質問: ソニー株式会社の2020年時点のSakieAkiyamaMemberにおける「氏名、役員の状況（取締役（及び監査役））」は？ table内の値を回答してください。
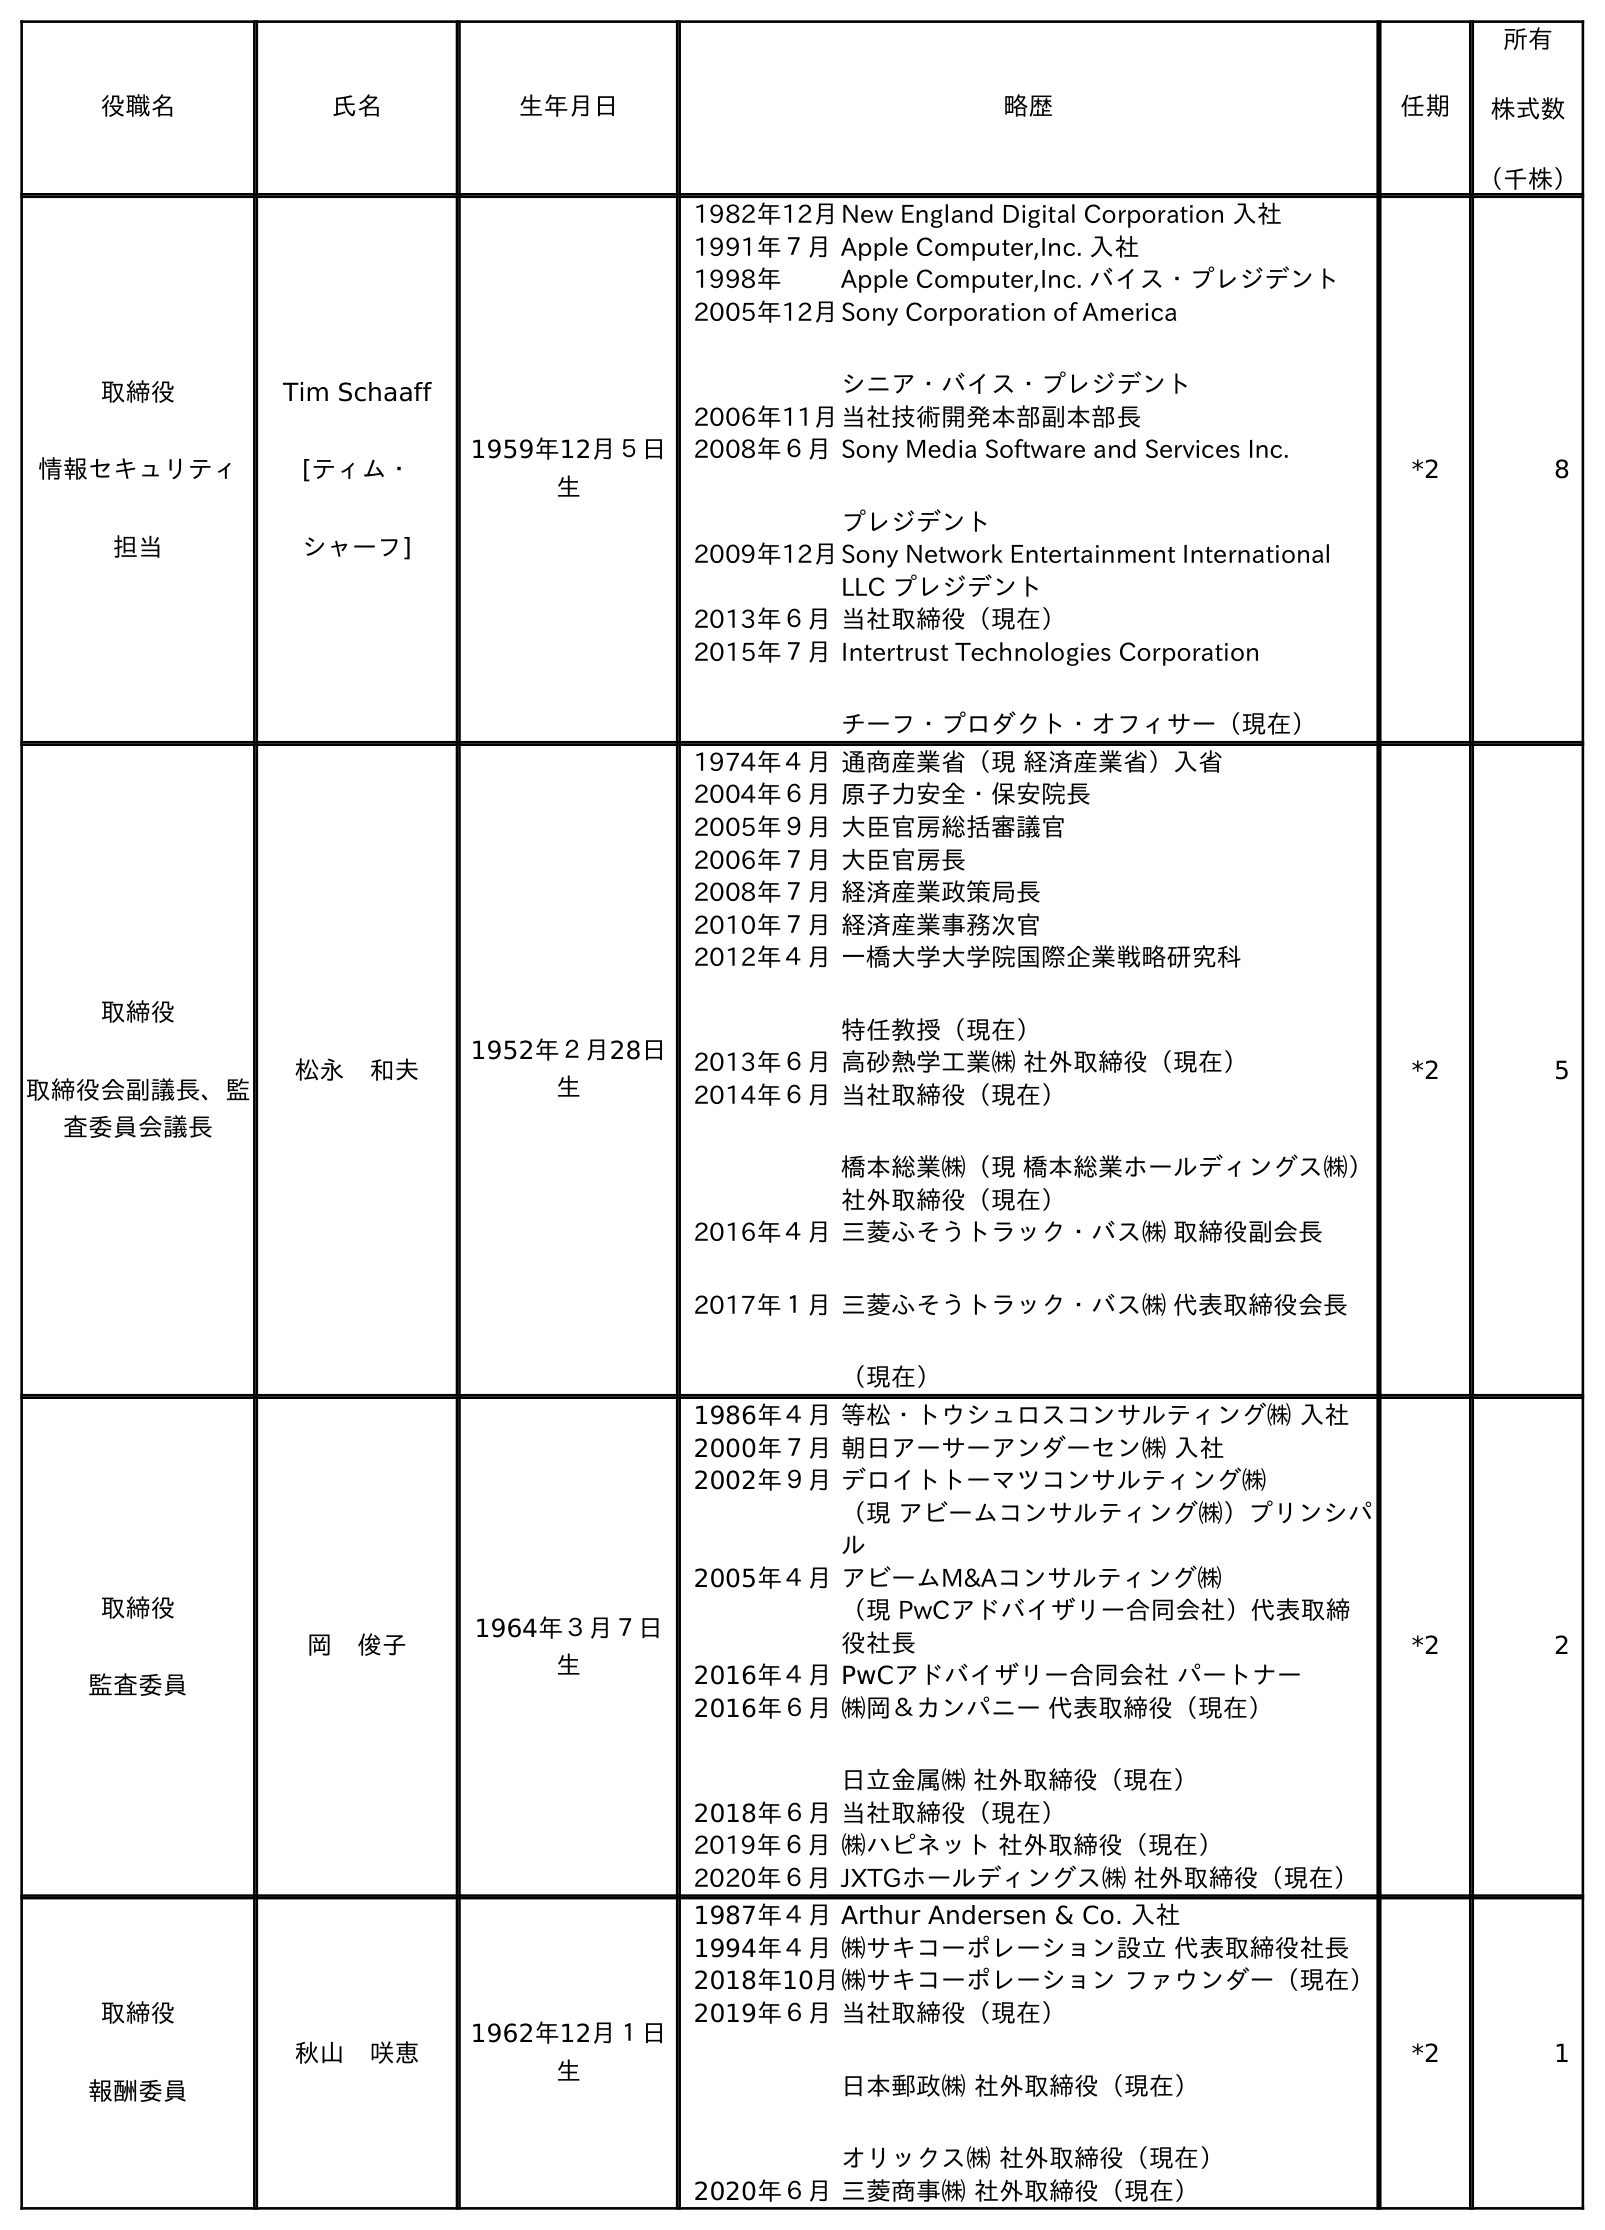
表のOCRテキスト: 役職名 氏名 生年月日 略歴 任期 所有 株式数 （千株） 取締役 情報セキュリティ 担当 Tim Schaaff [ティム・ シャーフ] 1959年12月５日 生 1982年12月New England Digital Corporation 入社 1991年７月Apple Computer,Inc. 入社 1998年 Apple Computer,Inc. バイス・プレジデント 2005年12月Sony Corporation of America シニア・バイス・プレジデント 2006年11月当社技術開発本部副本部長 2008年６月Sony Media Software and Services Inc. プレジデント 2009年12月Sony Network Entertainment International LLC プレジデント 2013年６月当社取締役（現在） 2015年７月Intertrust Technologies Corporation チーフ・プロダクト・オフィサー（現在） *2 8 取締役 取締役会副議長、監 査委員会議長 松永 和夫 1952年２月28日 生 1974年４月通商産業省（現 経済産業省）入省 2004年６月原子力安全・保安院長 2005年９月大臣官房総括審議官 2006年７月大臣官房長 2008年７月経済産業政策局長 2010年７月経済産業事務次官 2012年４月一橋大学大学院国際企業戦略研究科 特任教授（現在） 2013年６月高砂熱学工業㈱ 社外取締役（現在） 2014年６月当社取締役（現在） 橋本総業㈱（現 橋本総業ホールディングス㈱） 社外取締役（現在） 2016年４月 2017年１月 三菱ふそうトラック・バス㈱ 取締役副会長 三菱ふそうトラック・バス㈱ 代表取締役会長 （現在） *2 5 取締役 監査委員 岡 俊子 1964年３月７日 生 1986年４月等松・トウシュロスコンサルティング㈱ 入社 2000年７月朝日アーサーアンダーセン㈱ 入社 2002年９月デロイトトーマツコンサルティング㈱ （現 アビームコンサルティング㈱）プリンシパ ル 2005年４月アビームM&Aコンサルティング㈱ （現 PwCアドバイザリー合同会社）代表取締 役社長 2016年４月PwCアドバイザリー合同会社 パートナー 2016年６月㈱岡＆カンパニー 代表取締役（現在） 日立金属㈱ 社外取締役（現在） 2018年６月当社取締役（現在） 2019年６月㈱ハピネット 社外取締役（現在） 2020年６月JXTGホールディングス㈱ 社外取締役（現在） *2 2 取締役 報酬委員 秋山 咲恵 1962年12月１日 生 1987年４月Arthur Andersen & Co. 入社 1994年４月㈱サキコーポレーション設立 代表取締役社長 2018年10月㈱サキコーポレーション ファウンダー（現在） 2019年６月当社取締役（現在） 日本郵政㈱ 社外取締役（現在） オリックス㈱ 社外取締役（現在） 2020年６月三菱商事㈱ 社外取締役（現在） *2 1
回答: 秋山　咲恵